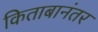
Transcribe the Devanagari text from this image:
किताबानंतर